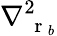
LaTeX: \nabla_{\mathrm{~\mathbf~r~}_{b}}^{2}